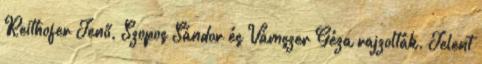
Reithofer Jenő, Szopos Sándor és Vámszer Géza rajzolták. Jelent